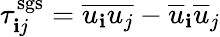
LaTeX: \tau_{\mathbf{i}j}^{\mathrm{{sgs}}}=\overline{{{u_{\mathbf{i}}u_{j}}}}-\overline{{{u}}}_{\mathbf{i}}\overline{{{u}}}_{j}